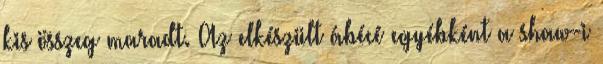
kis összeg maradt. Az elkészült ábécé egyébként a shaw-i